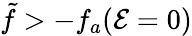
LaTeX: \tilde{f}>-f_{a}({\cal E}=0)